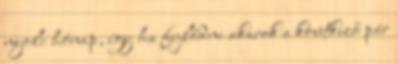
nyolc hónap, így ha fejlődni akarok a következő pár